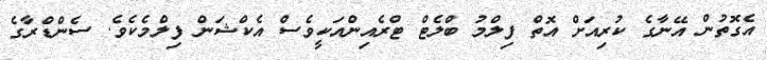
އެގޮތުން އޭނާގެ ކުރިއަށް އޮތް ފިލްމު ބްލެޓް ޓްރެއިންއަކީވެސް އެކްޝަން ފިލްމެކެވެ. ސެންޑްރާގެ